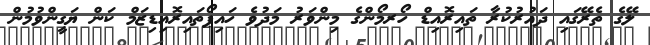
ލޭގެ ތެރޭގައި ދައުރުކުރާ ތައިރޮއިޑް ހޯރމޯންގެ މިންވަރު މަދުވެ ހައިޕޯތައިރޮއިޑިޒަމް ކަން ޔަގީންވުމުން